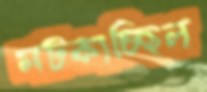
মট্‌কাচ্ছিল